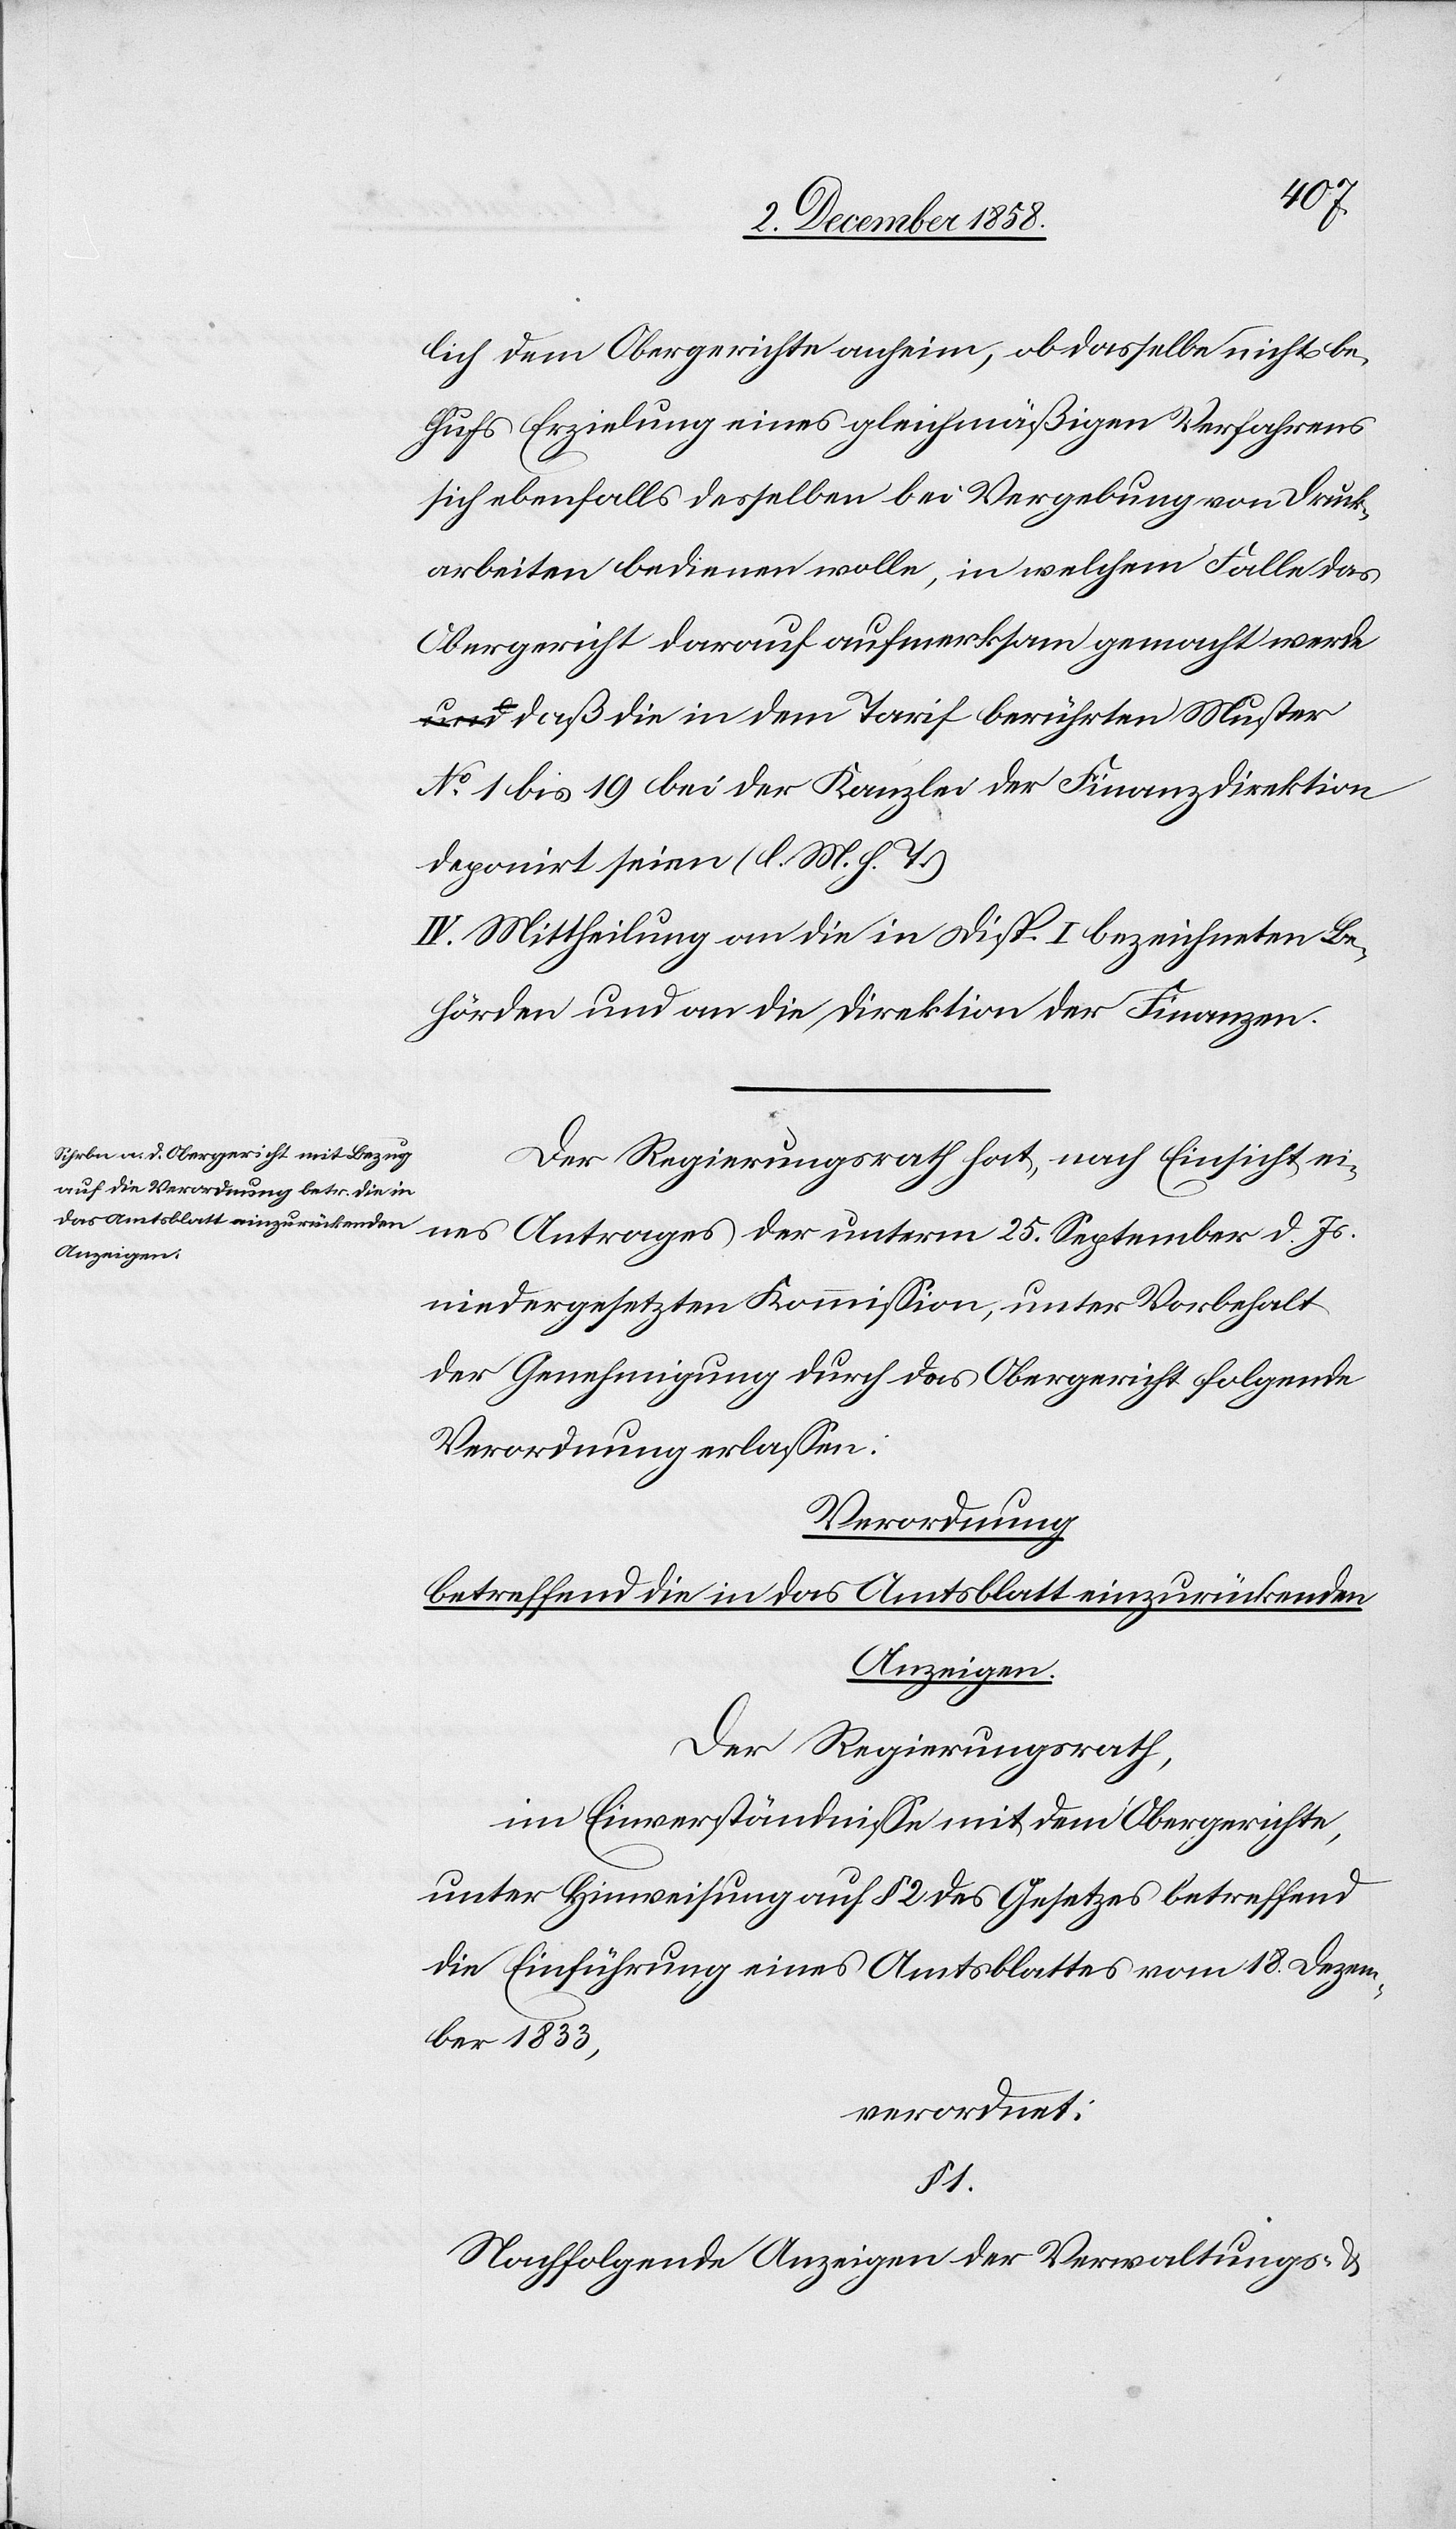
25.
lich dem Obergerichte anheim, ob dasselbe nicht be¬
hufs Erzielung eines gleichmäßigen Verfahrens
sich ebenfalls desselben bei Vergebung von Druck¬
arbeiten bedienen wolle, in welchem Falle das
Obergericht darauf aufmerksam gemacht werde
daß die in dem Tarif berührten Muster
No 1 bis 19 bei der Kanzlei der Finanzdirektion
deponirt seien (l. M. h. T.)
IV. Mittheilung an die in Disp. I bezeichneten Be¬
hörden und an die Direktion der Finanzen.
Der Regierungsrath hat, nach Einsicht eines
niedergesetzten Kommission, unter Vorbehalt
der Genehmigung durch das Obergericht folgende
Verordnung erlassen:
Verordnung
betreffend die in das Amtsblatt einzurückenden
Anzeigen.
Der Regierungsrath,
im Einverständnisse mit dem Obergerichte,
unter Hinweisung auf § 2 des Gesetzes betreffend
die Einführung eines Amtsblattes vom 18. Dezem¬
ber 1833,
verordnet:
§ 1.
Nachfolgende Anzeigen der Verwaltungs-